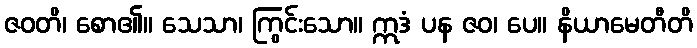
ဇဝတိ၊ စော၏။ သေသာ၊ ကြွင်းသော။ ဣဒံ ပန ဇဝ၊ ပေ။ နိယာမေတီတိ